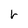
Character: h